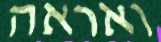
ואראה